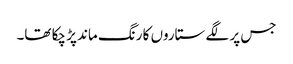
جس پر لگے ستاروں کا رنگ ماند پڑ چکا تھا۔